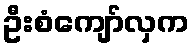
ဦးစံကျော်လှက